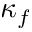
\kappa _ { f }